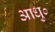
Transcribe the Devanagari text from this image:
आधु०